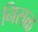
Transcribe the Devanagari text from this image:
निसळ